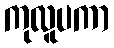
ကုလူပကာ